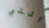
التي